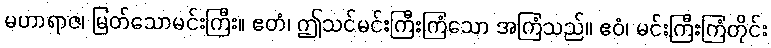
မဟာရာဇ၊ မြတ်သောမင်းကြီး။ ဧတံ၊ ဤသင်မင်းကြီးကြံသော အကြံသည်။ ဧဝံ၊ မင်းကြီးကြံတိုင်း